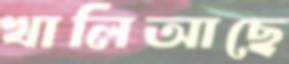
খালিআছে